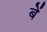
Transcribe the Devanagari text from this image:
बें